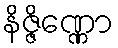
နိဇ္ဇိဏ္ဏော